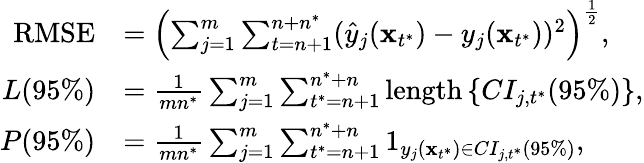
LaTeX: \begin{array}{rl}{\mathrm{RMSE}}&{=\left({{\sum_{j=1}^{m}\sum_{t=n+1}^{n+n^{*}}(\hat{y}_{j}(\mathbf x_{t^{*}})-y_{j}(\mathbf x_{t^{*}}))^{2}}}\right)^{\frac{1}{2}},}\\ {L(95\% )}&{=\frac{1}{mn^{*}}\sum_{j=1}^{m}\sum_{t^{*}=n+1}^{n^{*}+n}\mathrm{length}\left\{ CI_{j,t^{*}}(95\% )\right\} ,}\\ {P(95\% )}&{=\frac{1}{mn^{*}}\sum_{j=1}^{m}\sum_{t^{*}=n+1}^{n^{*}+n}1_{y_{j}(\mathbf x_{t^{*}})\in CI_{j,t^{*}}(95\% )},}\end{array}